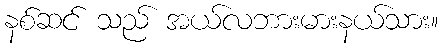
နစ်ဆင် သည် အယ်လဘားမားနယ်သား။